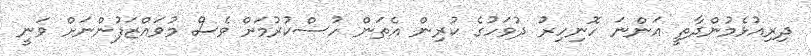
ދިރިއުޅެމުންދާތީ އަންނަ ހޮނިހިރު ދުވަހުގެ ކުރިން އެތަން ހުސްކުރުމަށް ވެސް މުވައްޒަފުންނަށް ވަނީ